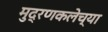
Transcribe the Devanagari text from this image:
मुद्रणकलेच्या